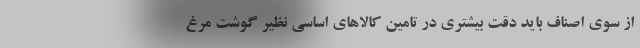
از سوی اصناف باید دقت بیشتری در تامین کالاهای اساسی نظیر گوشت مرغ